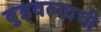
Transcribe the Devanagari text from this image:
बुडवल्याची